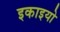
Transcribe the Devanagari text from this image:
इकाइयो